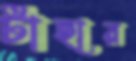
টাহার